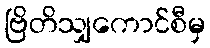
ဗြိတိသျှကောင်စီမှ